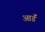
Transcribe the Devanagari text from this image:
आर्डॅ